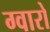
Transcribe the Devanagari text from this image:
ग्वारो